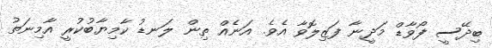
ބިދޭސީ ފޯވާޑް މަދީނާ ފަޒިލޮވާ އެވެ. އަނެއް ތިން ލަނޑު ކާމިޔާބުކުރީ އާމިނަތު